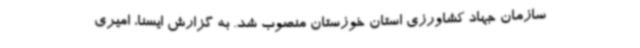
سازمان جهاد کشاورزی استان خوزستان منصوب شد. به گزارش ایسنا، امیری